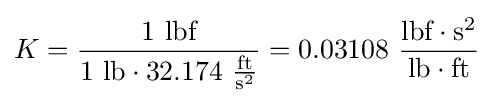
K={\frac {1~{\text{lbf}}}{1~{\text{lb}}\cdot 32.174~{\frac {\text{ft}}{{\text{s}}^{2}}}}}=0.03108~{\frac {{\text{lbf}}\cdot {\text{s}}^{2}}{{\text{lb}}\cdot {\text{ft}}}}